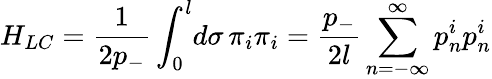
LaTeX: H_{LC}=\frac{1}{2p_{-}}\int_{0}^{l}\! d\sigma\, \pi_{i}\pi_{i}=\frac{p_{-}}{2l}\sum_{n=-\infty}^{\infty}p_{n}^{i}p_{n}^{i}